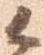
候